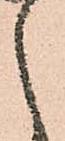
之